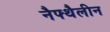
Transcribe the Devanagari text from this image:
नैफ्थैलीन